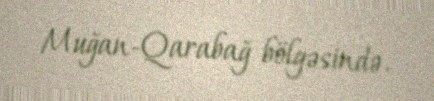
Muğan-Qarabağ bölgəsində.